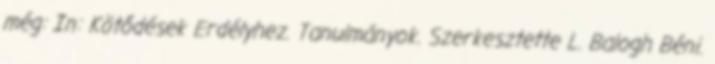
még: In: Kötődések Erdélyhez. Tanulmányok. Szerkesztette L. Balogh Béni.